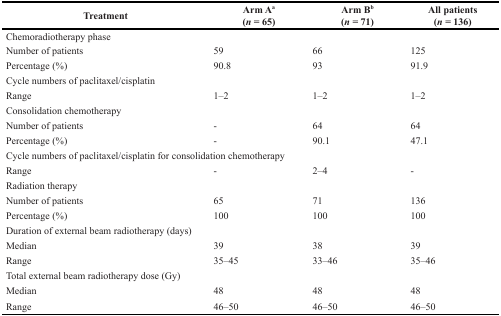
<table><thead><tr><td><b>Treatment</b></td><td><b>Arm A<sup>a</sup> (<i>n</i> = 65)</b></td><td><b>Arm B<sup>b</sup> (<i>n</i> = 71)</b></td><td><b>All patients (<i>n</i> = 136)</b></td></tr></thead><tbody><tr><td>Chemoradiotherapy phase</td><td></td><td></td><td></td></tr><tr><td>Number of patients</td><td>59</td><td>66</td><td>125</td></tr><tr><td>Percentage (%)</td><td>90.8</td><td>93</td><td>91.9</td></tr><tr><td>Cycle numbers of paclitaxel/cisplatin</td><td></td><td></td><td></td></tr><tr><td>Range</td><td>1–2</td><td>1–2</td><td>1–2</td></tr><tr><td>Consolidation chemotherapy</td><td></td><td></td><td></td></tr><tr><td>Number of patients</td><td>-</td><td>64</td><td>64</td></tr><tr><td>Percentage (%)</td><td>-</td><td>90.1</td><td>47.1</td></tr><tr><td colspan="2">Cycle numbers of paclitaxel/cisplatin for consolidation chemotherapy</td><td></td><td></td></tr><tr><td>Range</td><td>-</td><td>2–4</td><td>-</td></tr><tr><td>Radiation therapy</td><td></td><td></td><td></td></tr><tr><td>Number of patients</td><td>65</td><td>71</td><td>136</td></tr><tr><td>Percentage (%)</td><td>100</td><td>100</td><td>100</td></tr><tr><td>Duration of external beam radiotherapy (days)</td><td></td><td></td><td></td></tr><tr><td>Median</td><td>39</td><td>38</td><td>39</td></tr><tr><td>Range</td><td>35–45</td><td>33–46</td><td>35–46</td></tr><tr><td>Total external beam radiotherapy dose (Gy)</td><td></td><td></td><td></td></tr><tr><td>Median</td><td>48</td><td>48</td><td>48</td></tr><tr><td>Range</td><td>46–50</td><td>46–50</td><td>46–50</td></tr></tbody></table>